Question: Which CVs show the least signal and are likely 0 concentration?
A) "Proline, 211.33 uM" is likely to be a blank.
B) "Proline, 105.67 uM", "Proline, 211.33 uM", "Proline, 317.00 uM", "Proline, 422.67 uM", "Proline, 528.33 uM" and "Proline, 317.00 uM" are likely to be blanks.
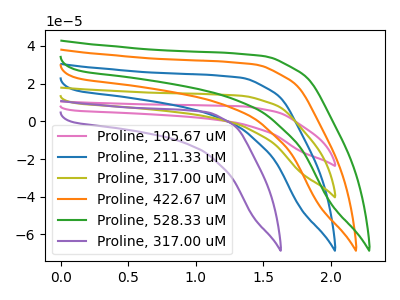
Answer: <think>The pink curve "Proline, 105.67 uM" has no peaks. The blue curve "Proline, 211.33 uM" has no peaks. The olive curve "Proline, 317.00 uM" has no peaks. The orange curve "Proline, 422.67 uM" has no peaks. The green curve "Proline, 528.33 uM" has no peaks. The purple curve "Proline, 317.00 uM" has no peaks.</think>
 <answer>B) "Proline, 105.67 uM", "Proline, 211.33 uM", "Proline, 317.00 uM", "Proline, 422.67 uM", "Proline, 528.33 uM" and "Proline, 317.00 uM" are likely to be blanks.</answer>
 <eval>B</eval>